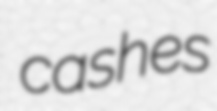
cashes